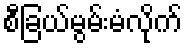
စီခြယ်မွမ်းမံလိုက်